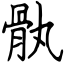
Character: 骫